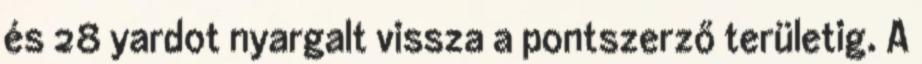
és 28 yardot nyargalt vissza a pontszerző területig. A